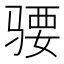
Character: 𱅜